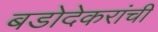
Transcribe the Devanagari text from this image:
बडोदेकरांची